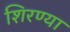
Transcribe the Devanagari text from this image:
शिरण्या